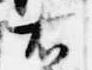
右